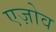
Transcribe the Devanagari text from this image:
एज़ोव